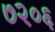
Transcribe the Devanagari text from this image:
७२०६